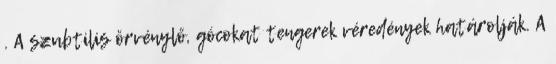
. A szubtilis örvénylő, gócokat tengerek véredények határolják. A